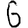
Digit: 6